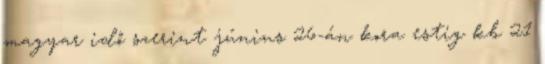
magyar idő szerint június 26-án kora estig kb 21